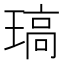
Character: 𤧼